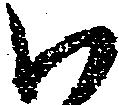
い